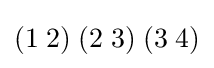
(1\;2)\;(2\;3)\;(3\;4)